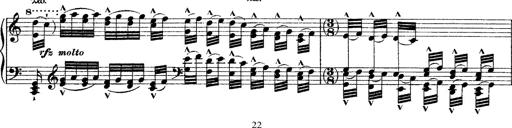
Title: Grande fantasie di bravura sur La clochette
Composer: Franz Liszt
Key: A minor